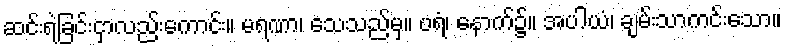
ဆင်းရဲခြင်းငှာလည်းကောင်း။ မရဏာ၊ သေသည်မှ။ ပရံ၊ နောက်၌။ အပါယံ၊ ချမ်းသာကင်းသော။